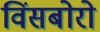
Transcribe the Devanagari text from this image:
विंसबोरो